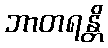
ဘာတရန္တိ